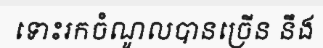
ទោះរកចំណូលបានច្រើន នឹង